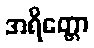
အရိတ္တော